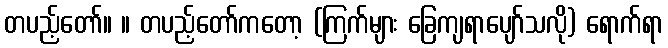
တပည့်တော်။ ။ တပည့်တော်ကတော့ (ကြက်များ ခြေကျရာပျော်သလို) ရောက်ရာ